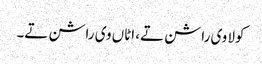
کولا وی راشن تے، اٹاں وی راشن تے۔